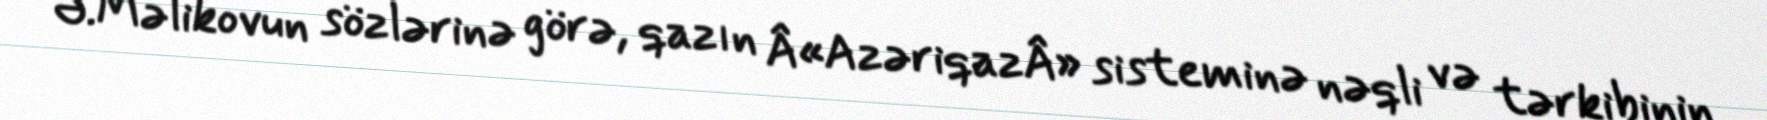
Ə.Məlikovun sözlərinə görə, qazın Â«AzəriqazÂ» sisteminə nəqli və tərkibinin